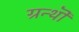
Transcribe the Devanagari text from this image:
ग्रन्थॊ